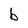
Character: b